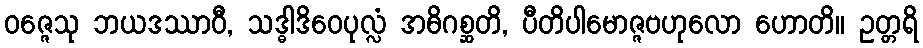
ဝဇ္ဇေသု ဘယဒဿာဝီ, သဒ္ဓါဒိဝေပုလ္လံ အဓိဂစ္ဆတိ, ပီတိပါမောဇ္ဇဗဟုလော ဟောတိ။ ဥတ္တရိ